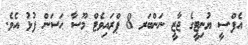
އެފް.ސީ ޔުނިޓީގެ ޖާޒީ ނަންބަރ 8 ޕްރައިވެޓް މޫސާ ޙަސަން ފުޅު އެވެ.